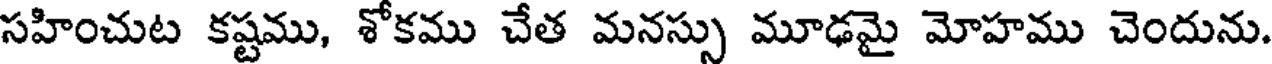
సహించుట కష్టము, శోకము చేత మనస్సు మూఢమై మోహము చెందును.